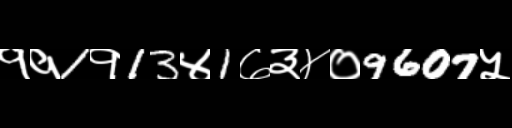
Text: ११1१13४1७३४०9607५